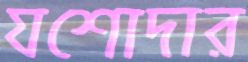
যশোদার